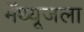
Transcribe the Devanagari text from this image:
मॅथ्यूजला